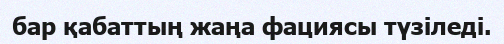
бар қабаттың жаңа фациясы түзіледі.